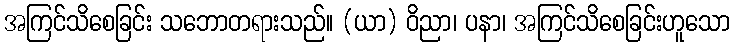
အကြင်သိစေခြင်း သဘောတရားသည်။ (ယာ) ဝိညာ၊ ပနာ၊ အကြင်သိစေခြင်းဟူသော